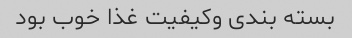
بسته بندی وکیفیت غذا خوب بود